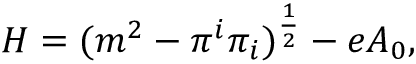
H = ( m ^ { 2 } - \pi ^ { i } \pi _ { i } ) ^ { { \frac { 1 } { 2 } } } - e A _ { 0 } ,